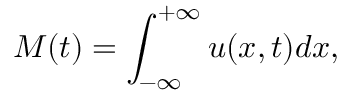
M ( t ) = \int _ { - \infty } ^ { + \infty } u ( x , t ) d x ,